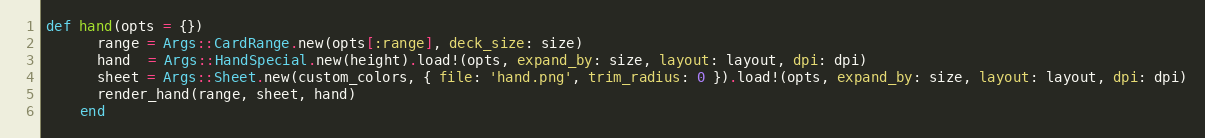
Language: Ruby
def hand(opts = {})
      range = Args::CardRange.new(opts[:range], deck_size: size)
      hand  = Args::HandSpecial.new(height).load!(opts, expand_by: size, layout: layout, dpi: dpi)
      sheet = Args::Sheet.new(custom_colors, { file: 'hand.png', trim_radius: 0 }).load!(opts, expand_by: size, layout: layout, dpi: dpi)
      render_hand(range, sheet, hand)
    end